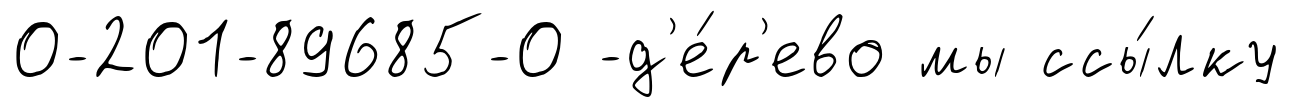
0-201-89685-0 -д'е́р'ево мы ссы́лку